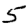
Digit: 5